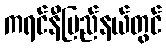
ကရင်နီပြည်နယ်တွင်